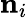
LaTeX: \mathbf{n}_{i}